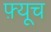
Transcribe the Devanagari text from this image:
फ़्यूच